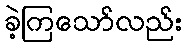
ခဲ့ကြသော်လည်း